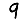
Digit: 9